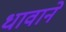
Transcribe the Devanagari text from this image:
धावाने